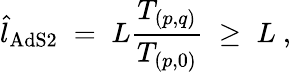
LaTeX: {\hat{l}}_{\mathrm{AdS2}}\; =\; L{\frac{T_{(p,q)}}{T_{(p,0)}}}\; \ge\; L\ ,